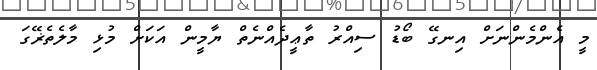
މީ އެންމެންނަށް އިނގޭ ބޯޑު ސިއްރު ތާޢީދެއްނެތް ޔާމީން އަކަށް މުޅި މާލެތެޜޭގަ